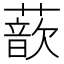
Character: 𫉮